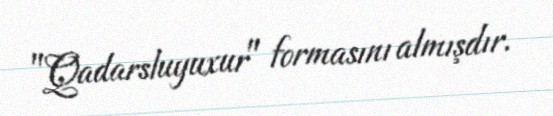
"Qadarsluyuxur" formasını almışdır.